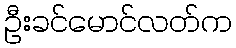
ဦးခင်မောင်လတ်က